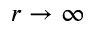
r \rightarrow \infty